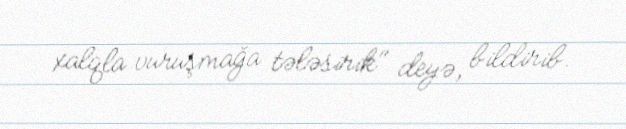
xalqla vuruşmağa tələsirik" deyə, bildirib.